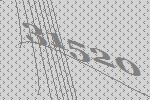
31520